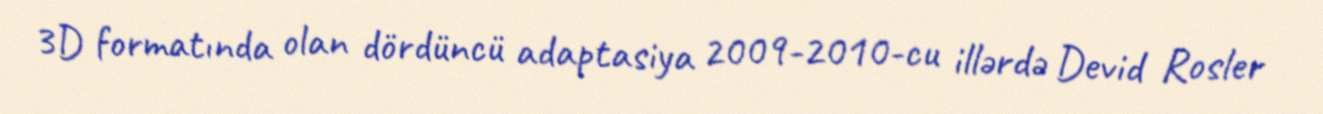
3D formatında olan dördüncü adaptasiya 2009-2010-cu illərdə Devid Rosler